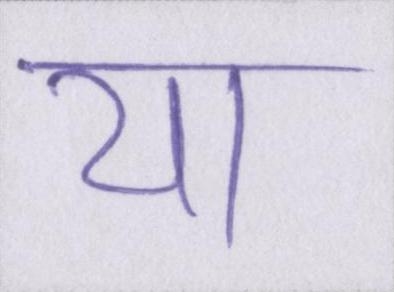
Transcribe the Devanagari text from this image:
या